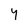
Character: Y